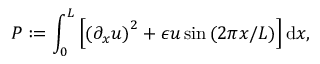
P : = \int _ { 0 } ^ { L } \left[ \left( \partial _ { x } u \right) ^ { 2 } + \epsilon u \sin { \left( 2 \pi x / L \right) } \right] \mathrm { d } x ,